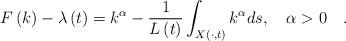
LaTeX: \begin{align*}F\left( k\right) -\lambda\left( t\right) =k^{\alpha}-\dfrac{1}{{L}\left(t\right) }\int_{X\left( \cdot,t\right) }k^{\alpha}ds{,\ \ \ \alpha>0\ \ \ }{.} \end{align*}